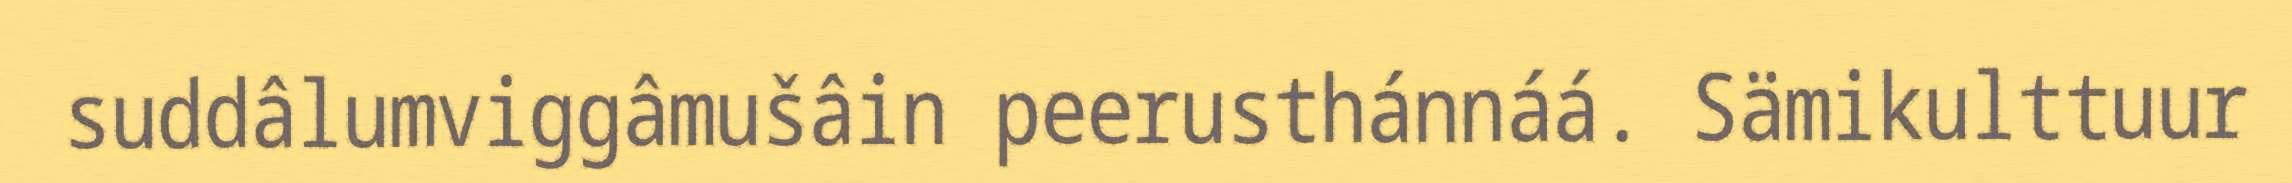
suddâlumviggâmušâin peerusthánnáá. Sämikulttuur